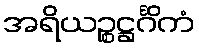
အရိယဉ္စဋ္ဌင်္ဂိကံ